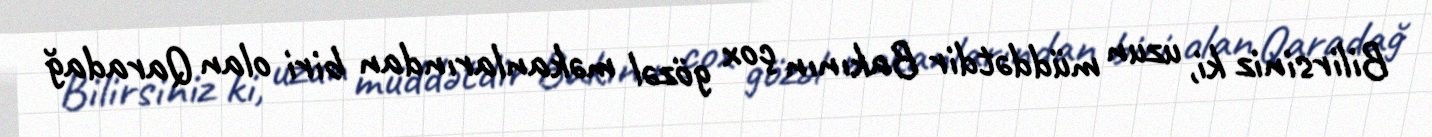
Bilirsiniz ki, uzun müddətdir Bakının çox gözəl məkanlarından biri olan Qaradağ